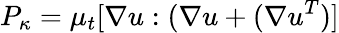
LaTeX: {P_{\kappa}}={\mu_{t}}[\nabla u:(\nabla u+(\nabla{u^{T}})]